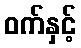
ဝက်နှင့်